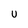
Character: U